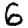
Digit: 6